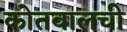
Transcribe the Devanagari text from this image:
कोतवालची